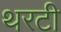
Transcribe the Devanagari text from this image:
थरटी